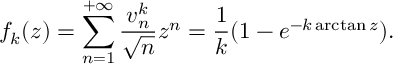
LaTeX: f _ { k } ( z ) = \sum _ { n = 1 } ^ { + \infty } \frac { v _ { n } ^ { k } } { \sqrt { n } } z ^ { n } = \frac { 1 } { k } ( 1 - e ^ { - k \arctan z } ) .